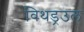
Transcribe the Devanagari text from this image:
विथड्रउल